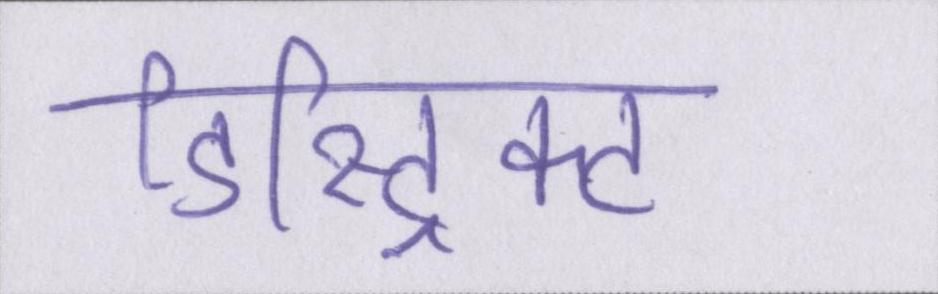
डिस्ट्रिक्ट